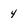
Character: 4